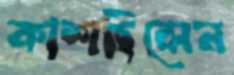
কাশছিলেন